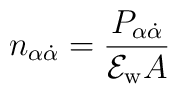
n_{\alpha\dot\alpha}= \frac {P_{\alpha\dot\alpha}}{{\cal E}_{\rm w} A}